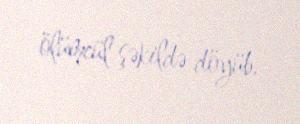
ölümcül şəkildə döyüb.